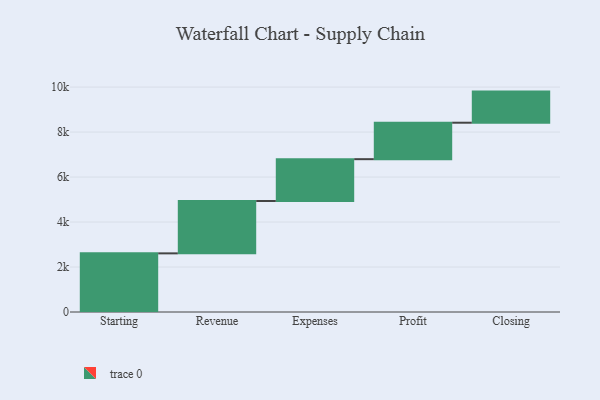
{"axis": {"x": "Step", "y": "Value"}, "legend": [""], "data": [{"x": "Starting", "y": 2607.0, "type": ""}, {"x": "Revenue", "y": 2329.0, "type": ""}, {"x": "Expenses", "y": 1859.0, "type": ""}, {"x": "Profit", "y": 1621.0, "type": ""}, {"x": "Closing", "y": 1383.0, "type": ""}]}